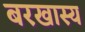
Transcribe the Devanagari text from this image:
बरखास्य